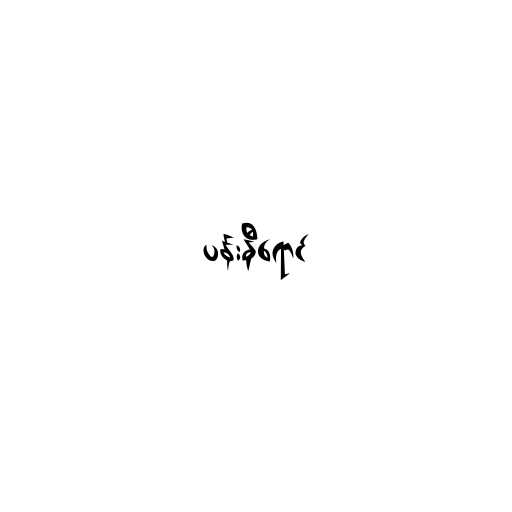
ပန်းနီရောင်